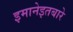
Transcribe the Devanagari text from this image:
इमानेइतबारे